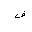
Letter: _fa